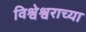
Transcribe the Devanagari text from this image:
विश्वेश्वराच्या